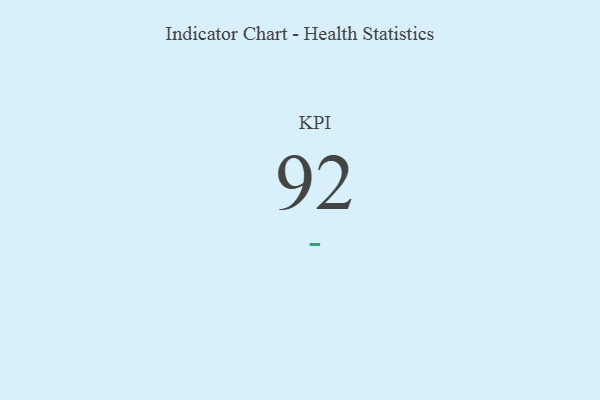
{"axis": {"x": "KPI", "y": "Value"}, "legend": [""], "data": [{"x": "KPI", "y": 92, "type": ""}]}